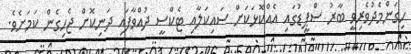
ހިގަންމެދުވެރިވީ ބާރު ސްޕީޑުގައި އެއްކޮޅަކަށް ސައިކަލާއި ޓެކްސީ ދުއްވާފައި ދަނިކޮށް ޖެހިގެން ކަމަށެވެ.